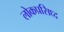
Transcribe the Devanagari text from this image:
लोकप्रसिध्द